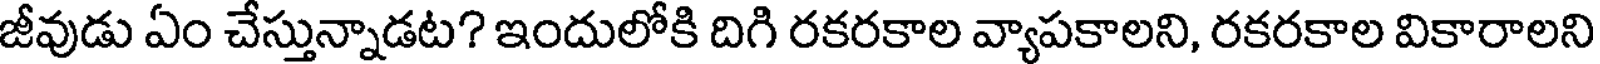
జీవుడు ఏం చేస్తున్నాడట? ఇందులోకి దిగి రకరకాల వ్యాపకాలని, రకరకాల వికారాలని